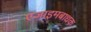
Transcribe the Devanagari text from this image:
एंजाइमबाधक